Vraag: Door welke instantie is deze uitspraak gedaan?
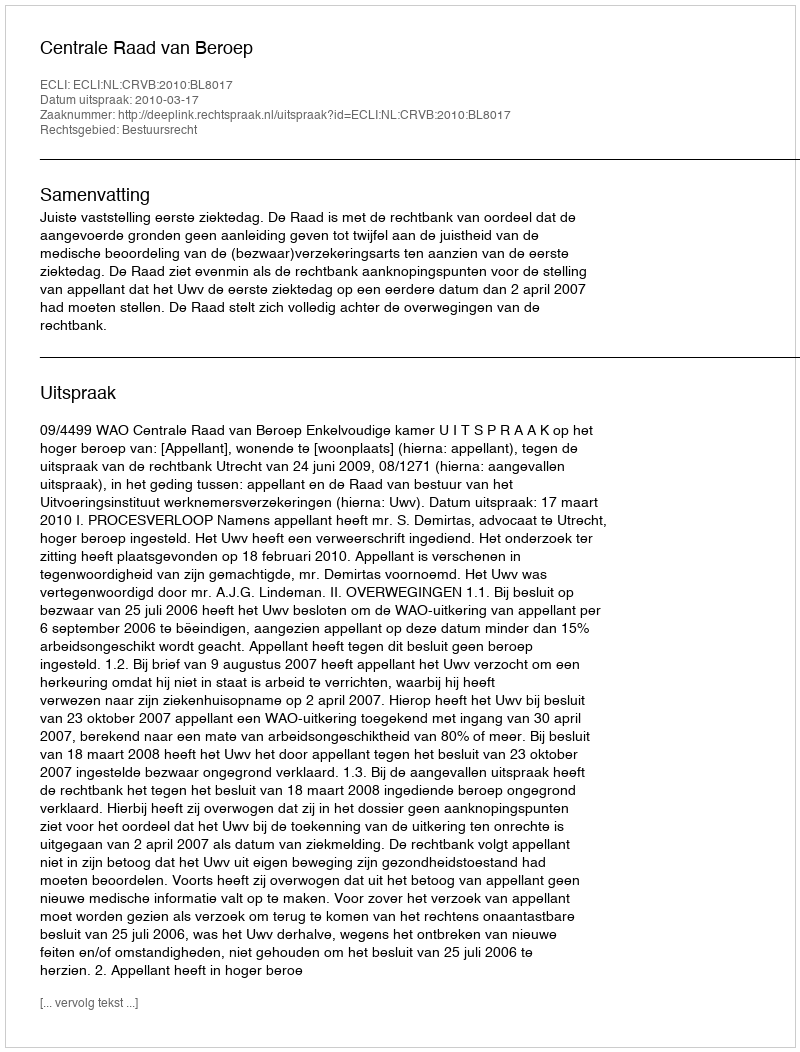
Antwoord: Centrale Raad van Beroep